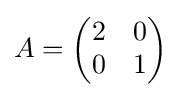
A={\begin{pmatrix}2&0\\0&1\end{pmatrix}}